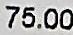
75.00